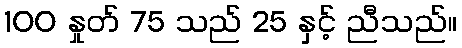
100 နှုတ် 75 သည် 25 နှင့် ညီသည်။